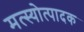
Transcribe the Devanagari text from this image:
मत्स्योत्पादक